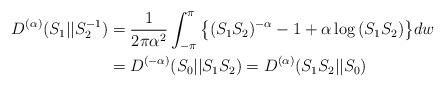
LaTeX: \begin{align*}D^{(\alpha )}(S_{1}||S_{2}^{-1}) &=\frac{1}{2\pi \alpha ^{2}}\int_{-\pi}^{\pi }\big\{(S_{1}S_{2})^{-\alpha }-1+\alpha \log {(S_{1}S_{2})}\big\}dw \\&=D^{(-\alpha )}(S_{0}||S_{1}S_{2})=D^{(\alpha )}(S_{1}S_{2}||S_{0}) \end{align*}